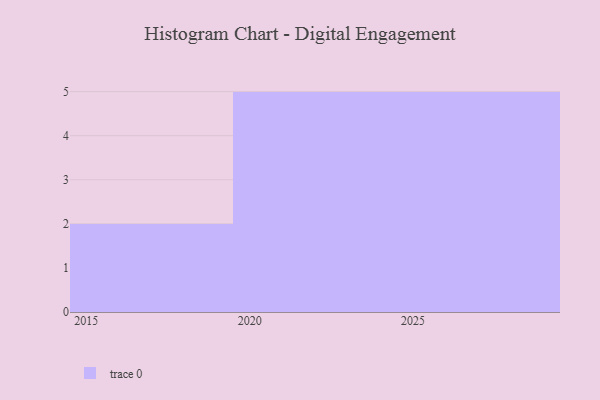
{"axis": {"x": "Year", "y": "Market Share (%)"}, "legend": [""], "data": [{"x": "2020", "y": 43, "type": ""}, {"x": "2025", "y": 52, "type": ""}, {"x": "2019", "y": 41, "type": ""}, {"x": "2024", "y": 78, "type": ""}, {"x": "2029", "y": 80, "type": ""}, {"x": "2027", "y": 37, "type": ""}, {"x": "2021", "y": 47, "type": ""}, {"x": "2026", "y": 8, "type": ""}, {"x": "2028", "y": 1, "type": ""}, {"x": "2023", "y": 66, "type": ""}, {"x": "2022", "y": 74, "type": ""}, {"x": "2018", "y": 36, "type": ""}]}